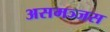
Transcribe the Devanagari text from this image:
असमञ्जस